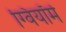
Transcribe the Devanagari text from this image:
ग्वियॉमे